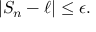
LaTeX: \left\vert S _ { n } - \ell \right\vert \leq \epsilon .